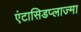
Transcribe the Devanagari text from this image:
एंटासिडप्लाज्मा